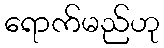
ရောက်မည်ဟု